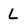
Character: L